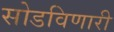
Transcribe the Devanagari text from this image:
सोडविणारी